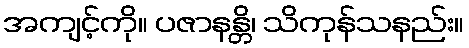
အကျင့်ကို။ ပဇာနန္တိ၊ သိကုန်သနည်း။